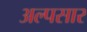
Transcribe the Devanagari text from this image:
अल्पसार